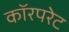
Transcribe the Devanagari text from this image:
कॉरपरेट